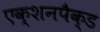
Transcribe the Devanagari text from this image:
एक्शनपैक्ड